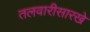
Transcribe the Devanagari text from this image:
तलवारीसारखे